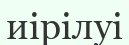
иірілуі